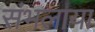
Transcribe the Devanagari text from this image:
संभलाया